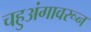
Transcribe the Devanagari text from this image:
चहुअंगावरून